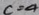
c = 4